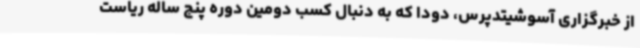
از خبرگزاری آسوشیتدپرس، دودا که به دنبال کسب دومین دوره پنج ساله ریاست